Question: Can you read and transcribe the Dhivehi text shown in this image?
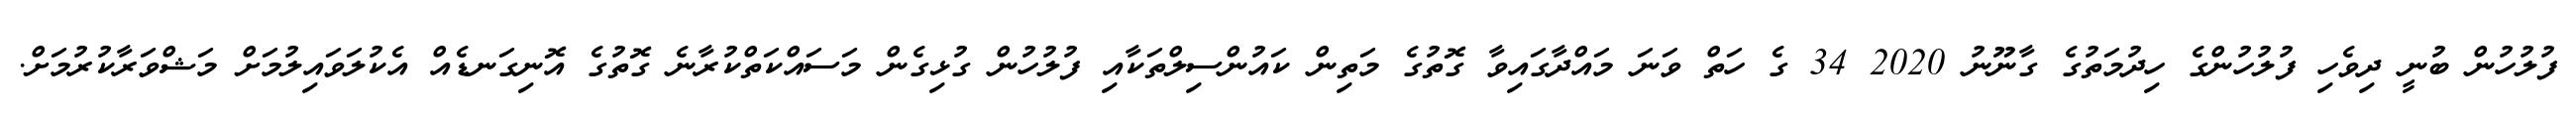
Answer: ފުލުހުން ބުނީ ދިވެހި ފުލުހުންގެ ހިދުމަތުގެ ގާނޫނު 2020 34 ގެ ހަތް ވަނަ މައްދާގައިވާ ގޮތުގެ މަތިން ކައުންސިލްތަކާއި ފުލުހުން ގުޅިގެން މަސައްކަތްކުރާނެ ގޮތުގެ އޮނިގަނޑެއް އެކުލަވައިލުމަށް މަޝްވަރާކުރުމަށް.